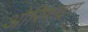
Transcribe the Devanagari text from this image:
ओरिफाइस